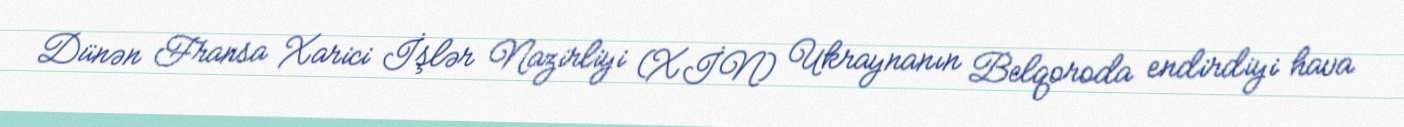
Dünən Fransa Xarici İşlər Nazirliyi (XİN) Ukraynanın Belqoroda endirdiyi hava